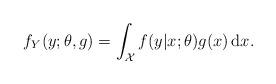
LaTeX: \begin{align*} f_Y(y;\theta,g)= \int_{\cal X} f(y|x;\theta)g(x)\,\mathrm{d}x.\end{align*}